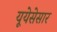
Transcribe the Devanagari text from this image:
यूयेसेसार